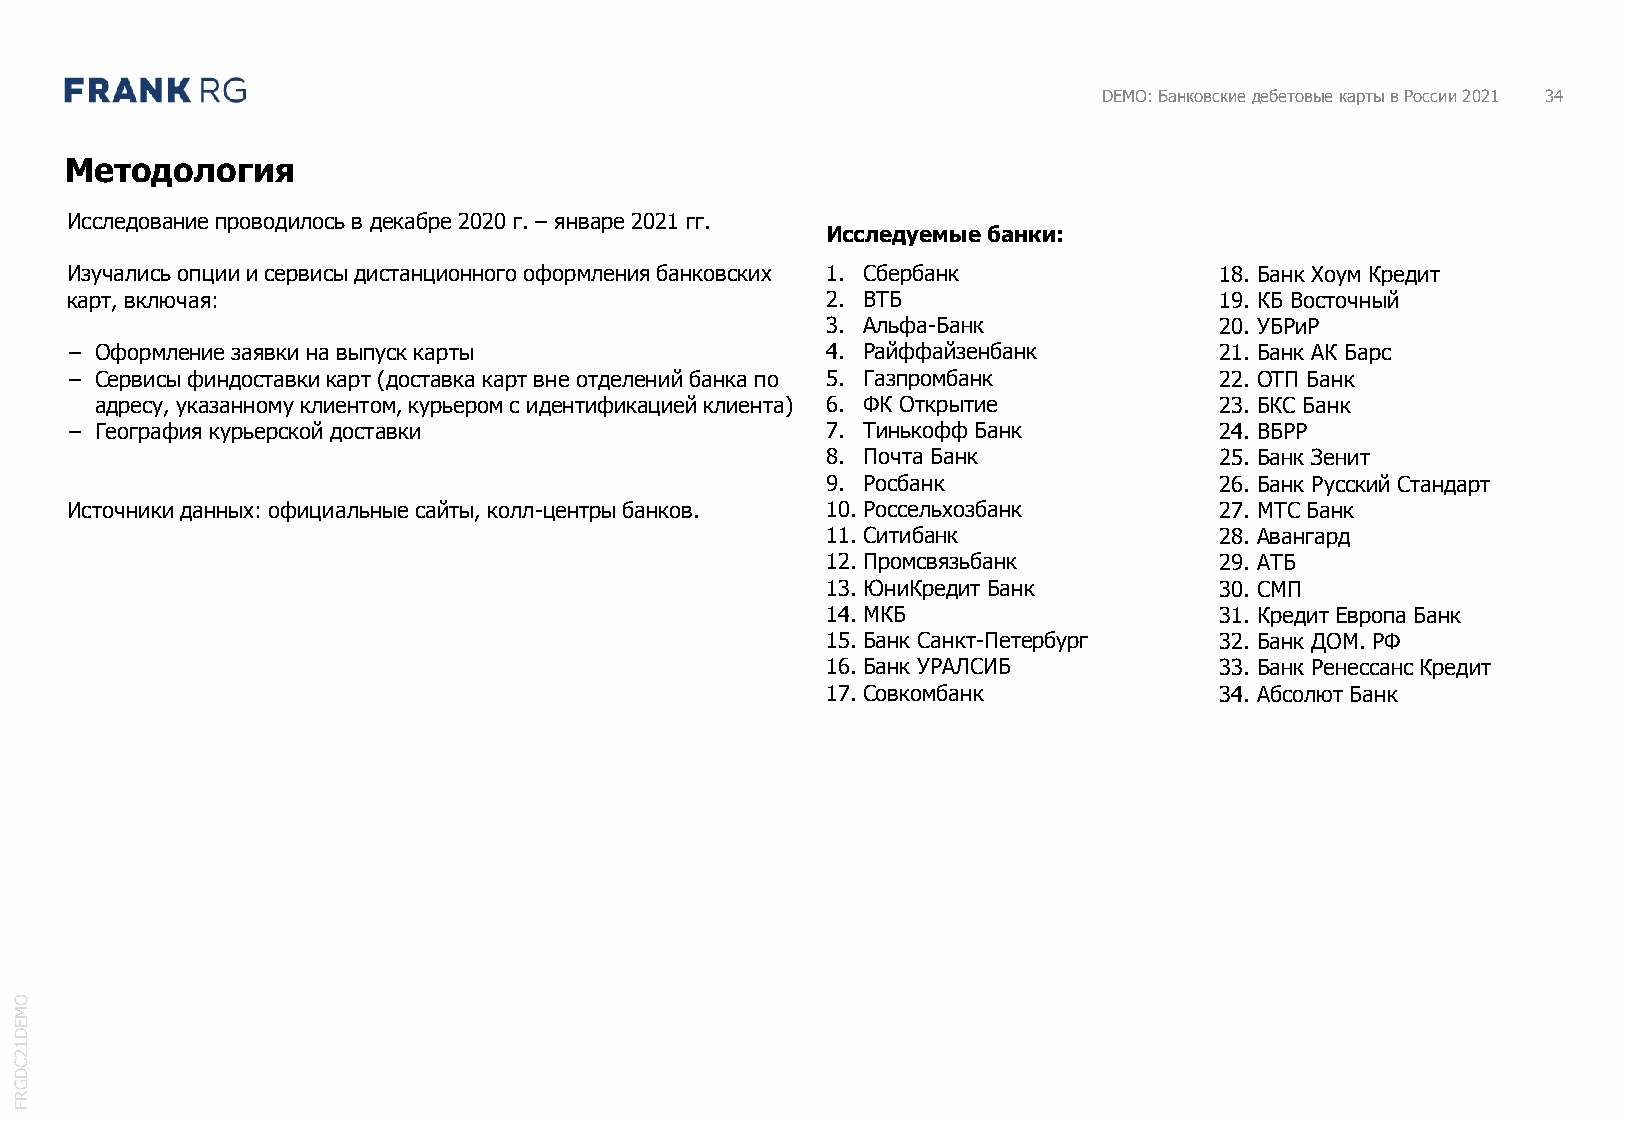
DEMO: Банковские дебетовые карты в России 2021 34
 Методология
 Исследование проводилось в декабре 2020 г. – январе 2021 гг.
 Исследуемые банки:
 Изучались опции и сервисы дистанционного оформления банковских 1. Сбербанк   18. Банк Хоум Кредит
 карт, включая:                                     2. ВТБ                    19. КБ Восточный
 3. Альфа-Банк             20. УБРиР
 − Оформление заявки на выпуск карты                4. Райффайзенбанк         21. Банк АК Барс
 − Сервисы финдоставкикарт (доставка карт вне отделений банка по 5. Газпромбанк 22. ОТП Банк
 адресу, указанному клиентом, курьером с идентификацией клиента) 6. ФК Открытие 23. БКС Банк
 − География курьерской доставки                    7. Тинькофф Банк          24. ВБРР
 8. Почта Банк             25. Банк Зенит
 9. Росбанк                26. Банк Русский Стандарт
 Источники данных: официальные сайты, колл-центры банков. 10. Россельхозбанк  27. МТС Банк
 11. Ситибанк              28. Авангард
 12. Промсвязьбанк         29. АТБ
 13. ЮниКредитБанк         30. СМП
 14. МКБ                   31. Кредит Европа Банк
 15. Банк Санкт-Петербург  32. Банк ДОМ. РФ
 16. Банк УРАЛСИБ          33. Банк Ренессанс Кредит
 17. Совкомбанк            34. Абсолют Банк
 O
 M
 E
 D
 1
 2
 C
 D
 G
 R
 F